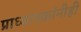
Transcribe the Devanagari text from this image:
प्राध्यापकांनीही